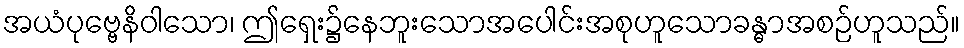
အယံပုဗ္ဗေနိဝါသော၊ ဤရှေး၌နေဘူးသောအပေါင်းအစုဟူသောခန္ဓာအစဉ်ဟူသည်။